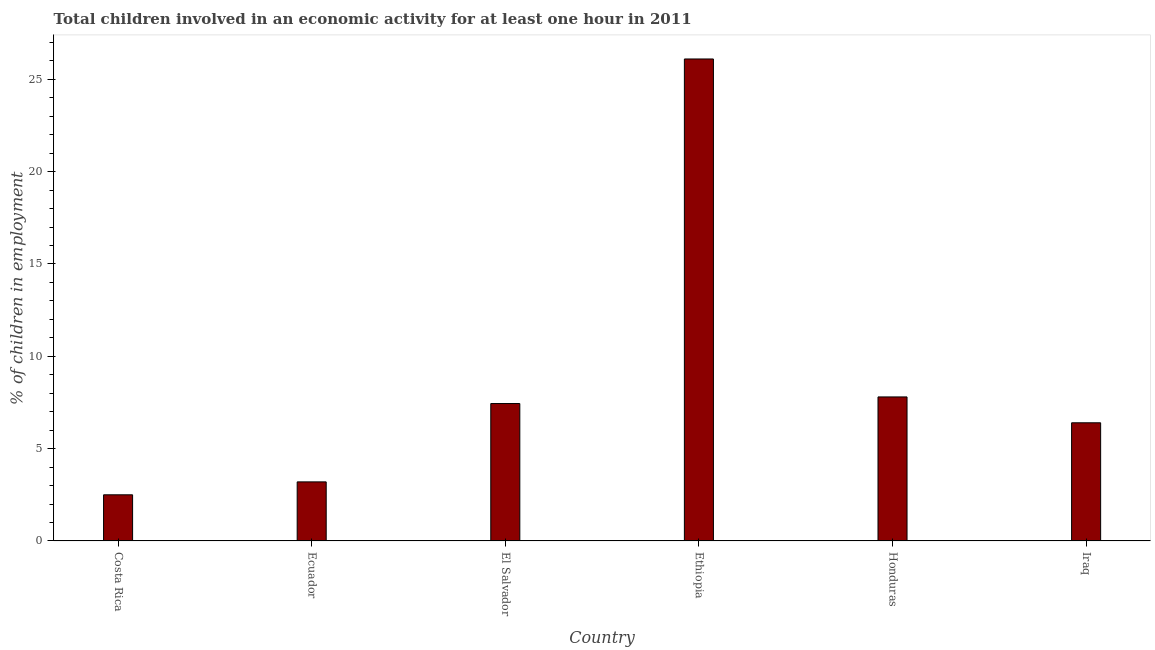
| Country | Children in employment |
 | --- | --- |
 | Costa Rica | 2.5 |
 | Ecuador | 3.2 |
 | El Salvador | 7.44 |
 | Ethiopia | 26.1 |
 | Honduras | 7.8 |
 | Iraq | 6.4 |